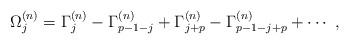
LaTeX: \begin{align*}\Omega_j^{(n)}=\Gamma_j^{(n)}-\Gamma_{p-1-j}^{(n)}+\Gamma_{j+p}^{(n)}-\Gamma_{p-1-j+p}^{(n)}+\cdots~,\end{align*}